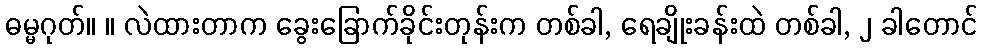
ဓမ္မဂုတ်။ ။ လဲထားတာက ခွေးခြောက်ခိုင်းတုန်းက တစ်ခါ, ရေချိုးခန်းထဲ တစ်ခါ, ၂ ခါတောင်